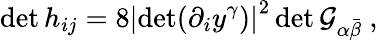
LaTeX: \operatorname*{det}h_{ij}=8\left|\operatorname*{det}(\partial_{i}y^{\gamma})\right|^{2}\operatorname*{det}\mathcal{G}_{\alpha\bar{{\beta}}}\ ,